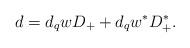
LaTeX: \begin{align*}d=d_{q}w D_{+}+d_{q}w^{\ast}D_{+}^{\ast} .\end{align*}